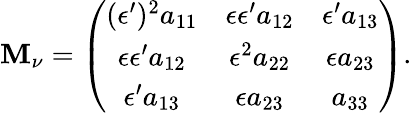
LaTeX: \mathbf{M}_{\nu}=\left(\begin{array}{ccc}{{(\epsilon^{\prime})^{2}a_{11}}}&{{\epsilon\epsilon^{\prime}a_{12}}}&{{\epsilon^{\prime}a_{13}}}\\ {{\epsilon\epsilon^{\prime}a_{12}}}&{{\epsilon^{2}a_{22}}}&{{\epsilon a_{23}}}\\ {{\epsilon^{\prime}a_{13}}}&{{\epsilon a_{23}}}&{{a_{33}}}\end{array}\right).